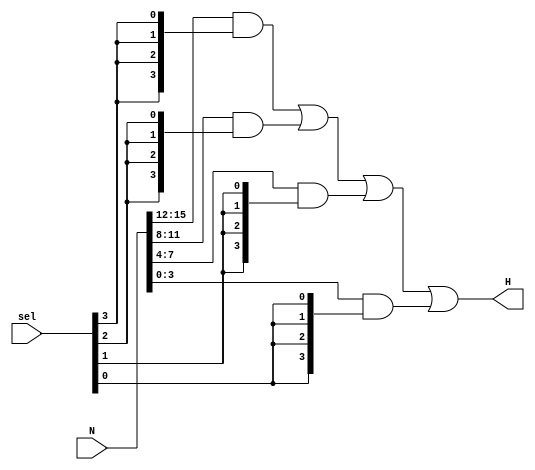
module Selector(
        input [3:0] sel,
        input [15:0] N,
        output [3:0] H
    );
    
    assign H[3:0] = (N[15:12] & {4{sel[3]}}) | (N[11:8] & {4{sel[2]}}) | (N[7:4] & {4{sel[1]}}) | (N[3:0] & {4{sel[0]}});

endmodule